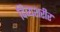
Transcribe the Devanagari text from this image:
दिव्यशरीर